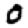
Digit: 0